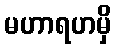
မဟာရဟမှိ